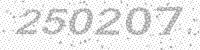
Solution: 250207